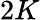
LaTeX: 2K